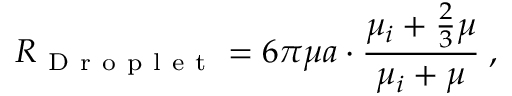
R _ { \mathrm { ~ D ~ r ~ o ~ p ~ l ~ e ~ t ~ } } = 6 \pi \mu a \cdot \frac { \mu _ { i } + \frac 2 3 \mu } { \mu _ { i } + \mu } \; ,